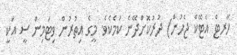
ހާރޓް އެޓޭކް ޖެހުން) ދުރުކޮށްދޭނެ ކަމެކެވެ. މީގެ އިތުރުން ވިޓަމިން ސީ އަކީ